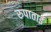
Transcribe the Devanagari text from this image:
रुपाताई